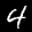
Label: 4